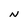
Character: N